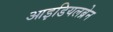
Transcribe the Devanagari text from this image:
आइडियलब्रेन